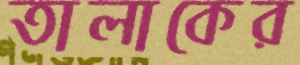
তালাকের